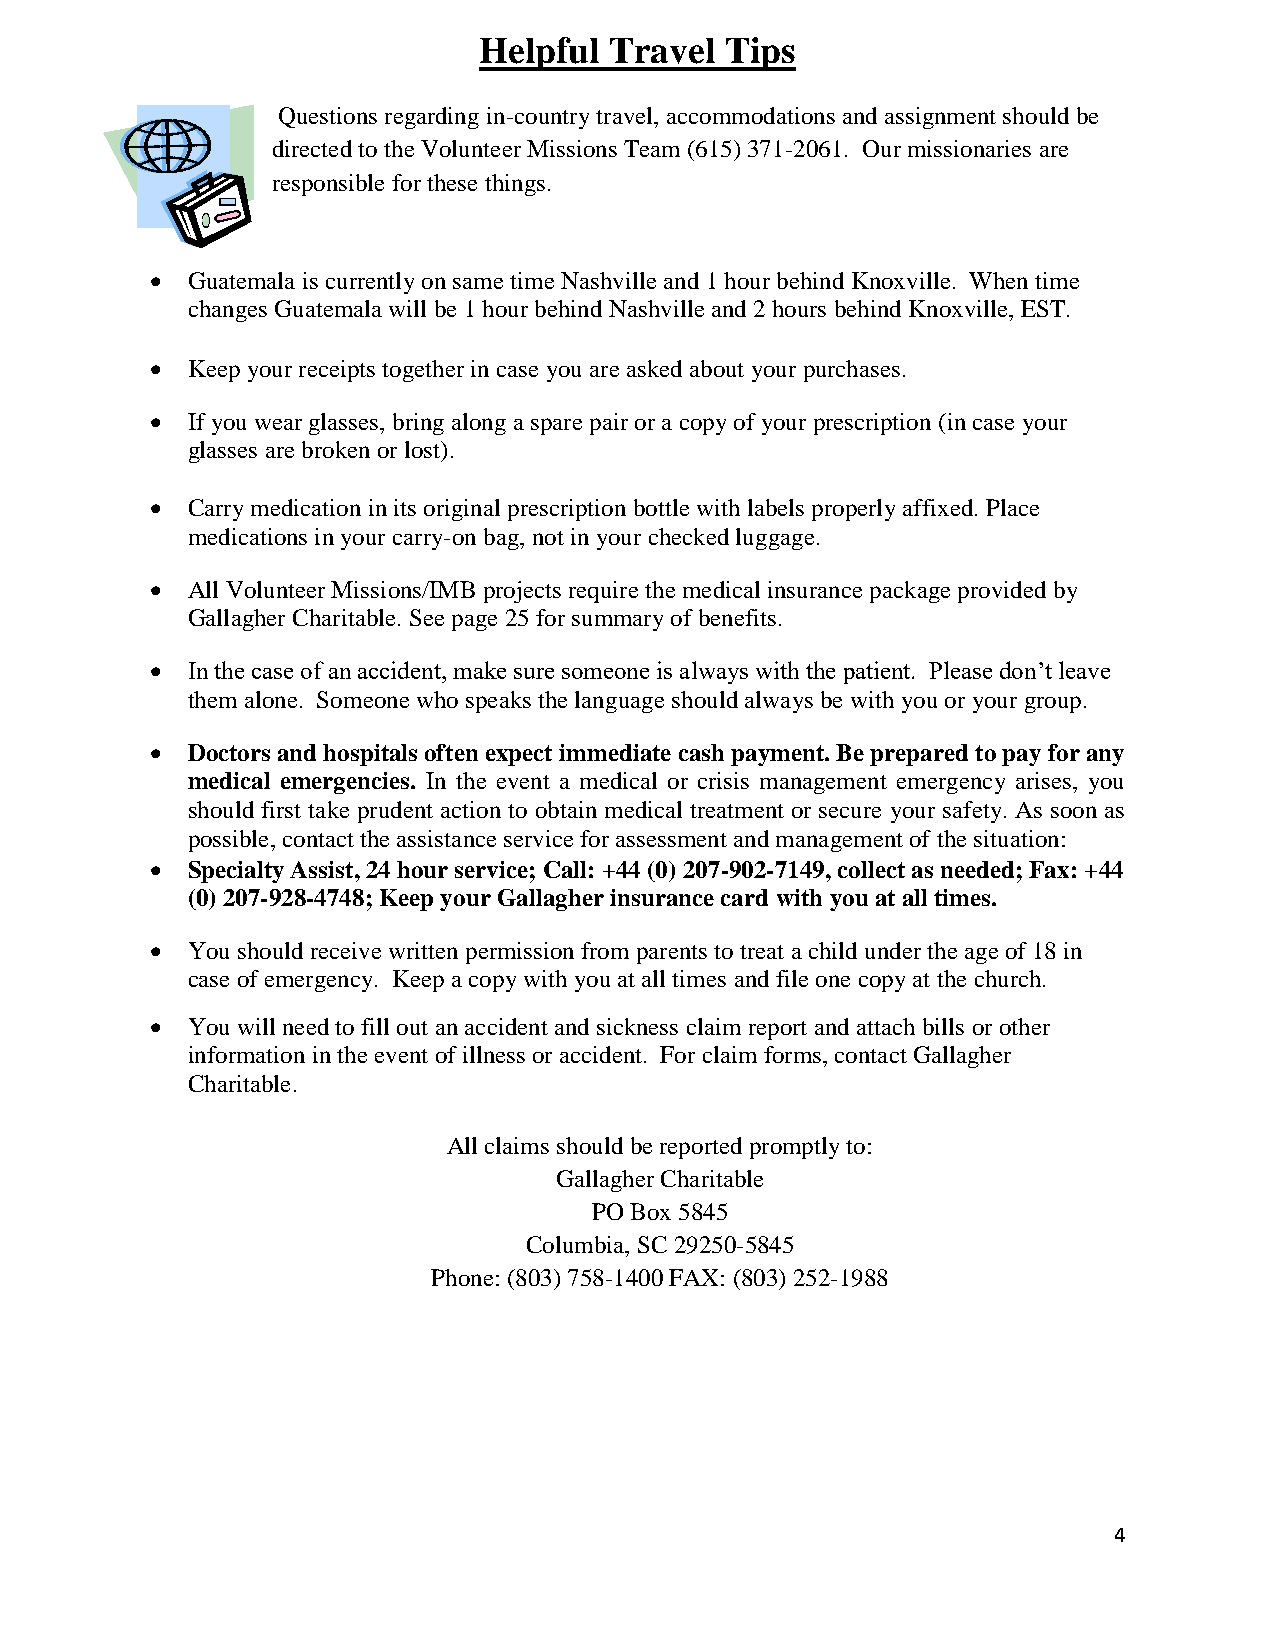
Helpful Travel  Tips
 Questions regarding in-country travel, accommodations and assignment should be
 directed to the Volunteer Missions Team (615) 371-2061. Our missionaries are
 responsible for these things.
  Guatemala is currently on same time Nashville and 1 hour behind Knoxville. When time
 changes Guatemala will be 1 hour behind Nashville and 2 hours behind Knoxville, EST.
  Keep your receipts together in case you are asked about your purchases.
  If you wear glasses, bring along a spare pair or a copy of your prescription (in case your
 glasses are broken or lost).
  Carry medication in its original prescription bottle with labels properly affixed. Place
 medications in your carry-on bag, not in your checked luggage.
  All Volunteer Missions/IMB projects require the medical insurance package provided by
 Gallagher Charitable. See page 25 for summary of benefits.
  In the case of an accident, make sure someone is always with the patient. Please don’t leave
 them alone. Someone who speaks the language should always be with you or your group.
  Doctors and hospitals often expect immediate cash payment. Be prepared to pay for any
 medical emergencies. In the event a medical or crisis management emergency arises, you
 should first take prudent action to obtain medical treatment or secure your safety. As soon as
 possible, contact the assistance service for assessment and management of the situation:
  Specialty Assist, 24 hour service; Call: +44 (0) 207-902-7149, collect as needed; Fax: +44
 (0) 207-928-4748; Keep your Gallagher insurance card with you at all times.
  You should receive written permission from parents to treat a child under the age of 18 in
 case of emergency. Keep a copy with you at all times and file one copy at the church.
  You will need to fill out an accident and sickness claim report and attach bills or other
 information in the event of illness or accident. For claim forms, contact Gallagher
 Charitable.
 All claims should be reported promptly to:
 Gallagher Charitable
 PO Box 5845
 Columbia, SC 29250-5845
 Phone: (803) 758-1400 FAX: (803) 252-1988
 4